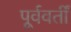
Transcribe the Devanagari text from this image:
पूर्ववर्तीं